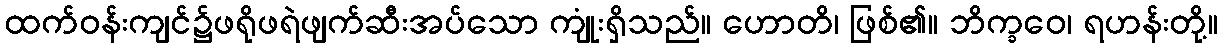
ထက်ဝန်းကျင်၌ဖရိုဖရဲဖျက်ဆီးအပ်သော ကျုံးရှိသည်။ ဟောတိ၊ ဖြစ်၏။ ဘိက္ခဝေ၊ ရဟန်းတို့။